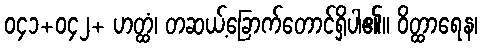
၀၄၁+၀၄၂+ ဟတ္ထံ၊ တဆယ့်ခြောက်တောင်ရှိပါ၏။ ဝိတ္ထာရေန၊